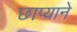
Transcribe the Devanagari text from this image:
छाप्याने